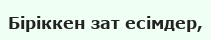
Біріккен зат есімдер,